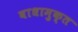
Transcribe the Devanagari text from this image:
बाधामुक्त